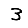
Digit: 3